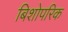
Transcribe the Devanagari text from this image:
बिशोपरिक